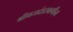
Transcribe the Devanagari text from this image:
श्रीगजदंडस्वामींना